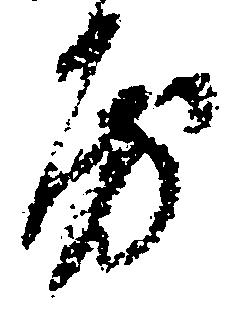
房